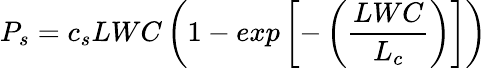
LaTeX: P_{s}=c_{s}LWC\left(1-exp\left[-\left(\frac{LWC}{L_{c}}\right)\right]\right)